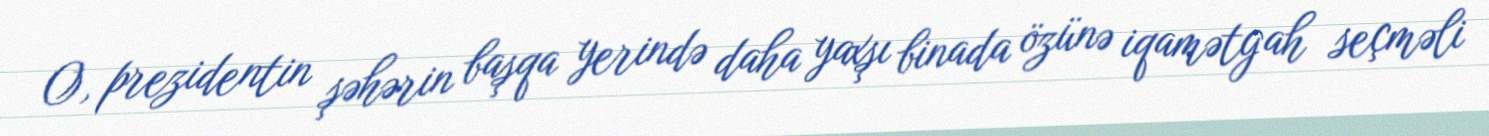
O, prezidentin şəhərin başqa yerində daha yaxşı binada özünə iqamətgah seçməli